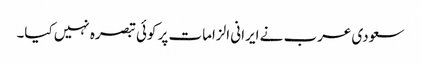
سعودی عرب نے ایرانی الزامات پر کوئی تبصرہ نہیں کیا۔